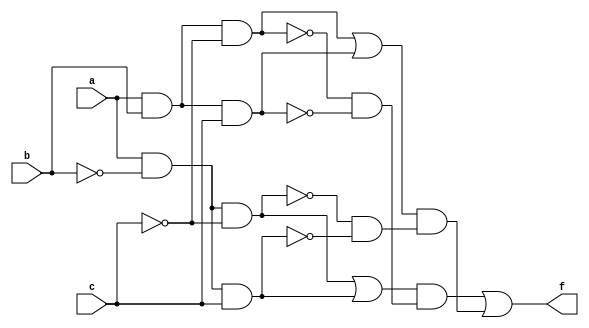
module essential_prime_implicants (
    input wire a, b, c,   // Input variables
    output wire f         // Output
);

// Truth table: f(a, b, c) = (1, 3, 5, 7)
wire minterm1   = a & ~b & ~c;  // m1
wire minterm3   = a & ~b & c;   // m3
wire minterm5   = a & b & ~c;   // m5
wire minterm7   = a & b & c;    // m7

// Prime implicants
wire pi1 = minterm1 | minterm3;  // Group 1: Covers m1 and m3
wire pi2 = minterm5 | minterm7;  // Group 2: Covers m5 and m7
wire pi3 = minterm3 | minterm7;  // Group 3: Covers m3 and m7 (not essential)
wire pi4 = minterm1 | minterm5;  // Group 4: Covers m1 and m5 (not essential)

// Essential prime implicants
wire essential_pi1 = pi1 & (~minterm5 & ~minterm7); // Covers m1, m3
wire essential_pi2 = pi2 & (~minterm1 & ~minterm3); // Covers m5, m7

// Final output
assign f = essential_pi1 | essential_pi2;

endmodule